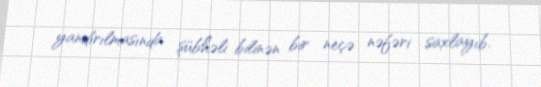
yandırılmasında şübhəli bilinən bir neçə nəfəri saxlayıb.